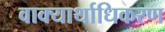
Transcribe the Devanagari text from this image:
वाक्यार्थाधिकरण